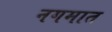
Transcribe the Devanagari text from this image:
नगमात